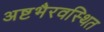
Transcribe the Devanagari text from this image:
अष्टभैरवस्थित